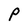
Character: P